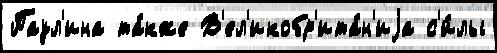
Паул'ина та́кже В'ел'икобр'ита́н'иjа с'и́лы